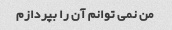
من نمی توانم آن را بپردازم